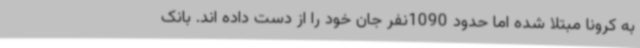
به کرونا مبتلا شده اما حدود 1090نفر جان خود را از دست داده اند. بانک